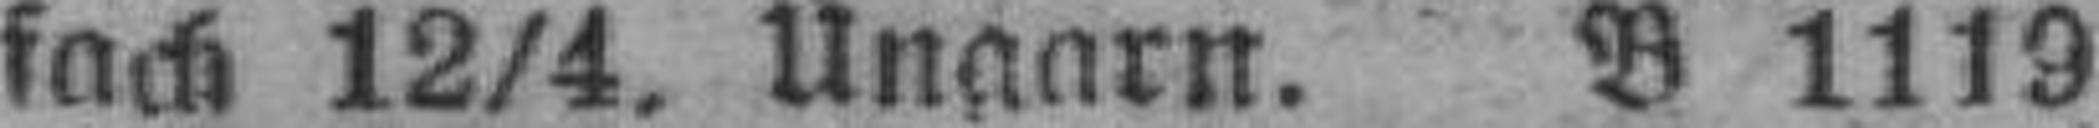
fach 12/4. Ungarn. B 1119